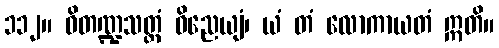
၁၁၂။ ဝိတဏ္ဍသတ္ထံ ဝိညေယျံ၊ ယံ တံ လောကာယတံ ဣတိ။